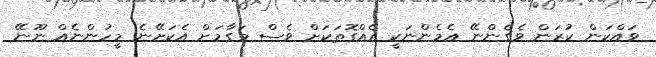
ވައްކަން ކުރަން ވެގެންނޭ އެމެންނަކީ އެއްގޮތަކަށް ވެސް މަގާމަށް އެކަށޭނެ މީހުންނެއް ނޫނޭ